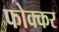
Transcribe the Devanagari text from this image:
फोक्‍कर